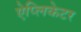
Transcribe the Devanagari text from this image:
ऐप्लिकेटर